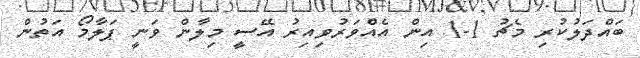
ބައްދަލުުކުރި މެޗު 1-1 އިން އެއްވަރުވިިއިރު އޭސީ މިލާން ވަނީ ޕަލާމޯ އަތުން